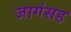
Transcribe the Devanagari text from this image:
जागंसह